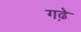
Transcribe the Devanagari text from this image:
गढे़